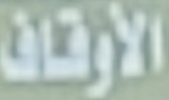
الأوقاف